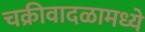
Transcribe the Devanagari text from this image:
चक्रीवादळामध्ये